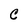
Character: C